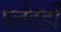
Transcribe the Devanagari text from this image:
प्लेटही